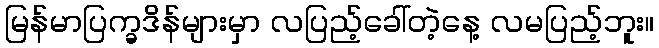
မြန်မာပြက္ခဒိန်များမှာ လပြည့်ခေါ်တဲ့နေ့ လမပြည့်ဘူး။